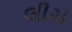
લીચ